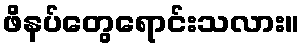
ဖိနပ်တွေရောင်းသလား။